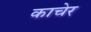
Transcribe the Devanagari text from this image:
काचेर